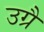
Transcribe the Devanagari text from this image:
उग्रै